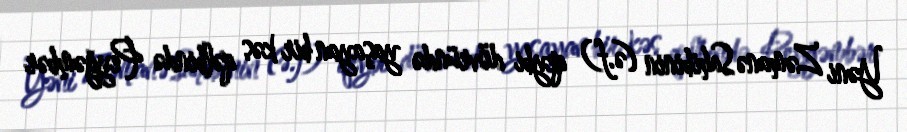
Yəni Zəmanə Sahibinin (ə.f) qeybi dövründə yaşayan bir kəs qəlbində Peyğəmbər